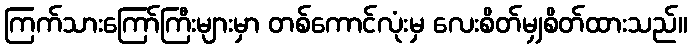
ကြက်သားကြော်ကြီးများမှာ တစ်ကောင်လုံးမှ လေးစိတ်မျှစိတ်ထားသည်။